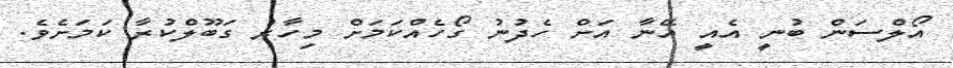
އޯލްސަން ބުނީ އެއީ އޭނާ އަށް ހެދުނު ގޯހެއްކަމަށް މިހާރު ގަބޫލްކުރާ ކަމަށެވެ.